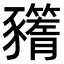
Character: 𧲗